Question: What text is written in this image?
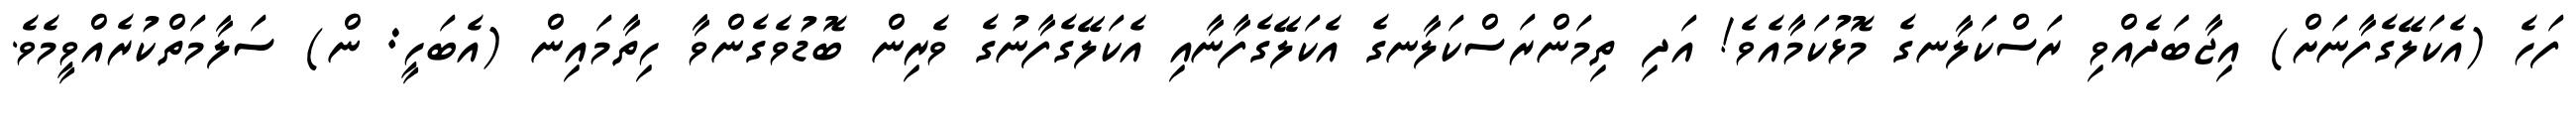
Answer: ފަހެ (އެކަލޭގެފާނަށް) އިޖާބަދެއްވި ރަސްކަލާނގެ މޮޅުކަމާއެވެ! އަދި ތިމަންރަސްކަލާނގެ އެކަލޭގެފާނާއި އެކަލޭގެފާނުގެ ވެރިން ބޮޑުވެގެންވާ ހިތާމައިން (އެބަހީ: ން) ސަލާމަތްކުރެއްވީމެވެ.